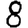
Digit: 8